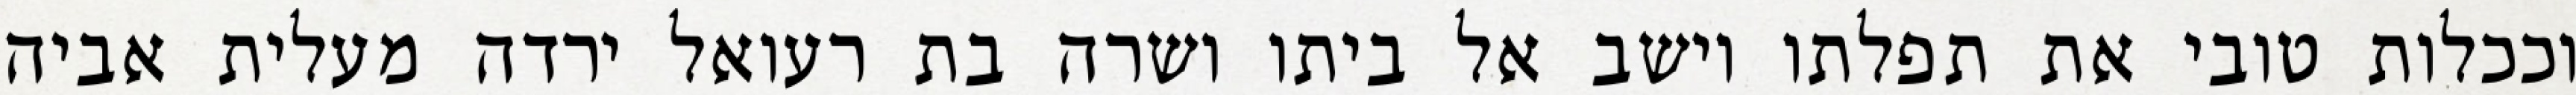
וככלות טובי את תפלתו וישב אל ביתו ושרה בת רעואל ירדה מעלית אביה